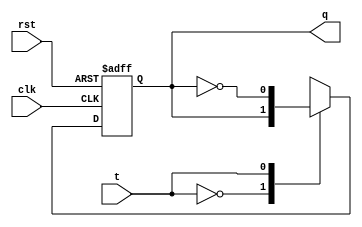
module t_ff(t,clk,q,rst);
    input t,clk,rst;
    output reg q;
    
  always@(negedge clk or negedge rst)//synchronous reset
    begin
        if (!rst)//rst == 0 or !rst -- Active  Low Reset
        	q = 0;
        else
          case(t)
            0:q<=q;
            1:q<=~q;
          endcase
    end
    
endmodule